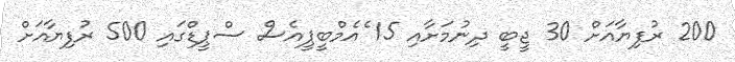
200 ރުފިޔާއަށް 30 ޖީބީ ދިނުމަށާއި 15 ެއެމްބީޕީއެސް ސްޕީޑްގައި 500 ރުފިޔާއަށް